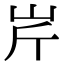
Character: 𡵱